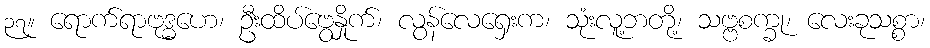
၃၇။ ရောက်ရာဗုဒ္ဓဟေ၊ ဦးထိပ်ဗွေနှိုက်၊ လွန်လေရှေးက၊ သုံးလူ့ဘတို့၊ သဗ္ဗစက္ခု၊ လေးခုသစ္စာ၊